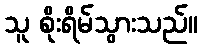
သူ စိုးရိမ်သွားသည်။